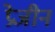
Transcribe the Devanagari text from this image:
प्रेजीन